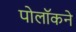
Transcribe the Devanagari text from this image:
पोलॉकने